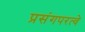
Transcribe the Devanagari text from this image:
प्रसंगपरत्वे